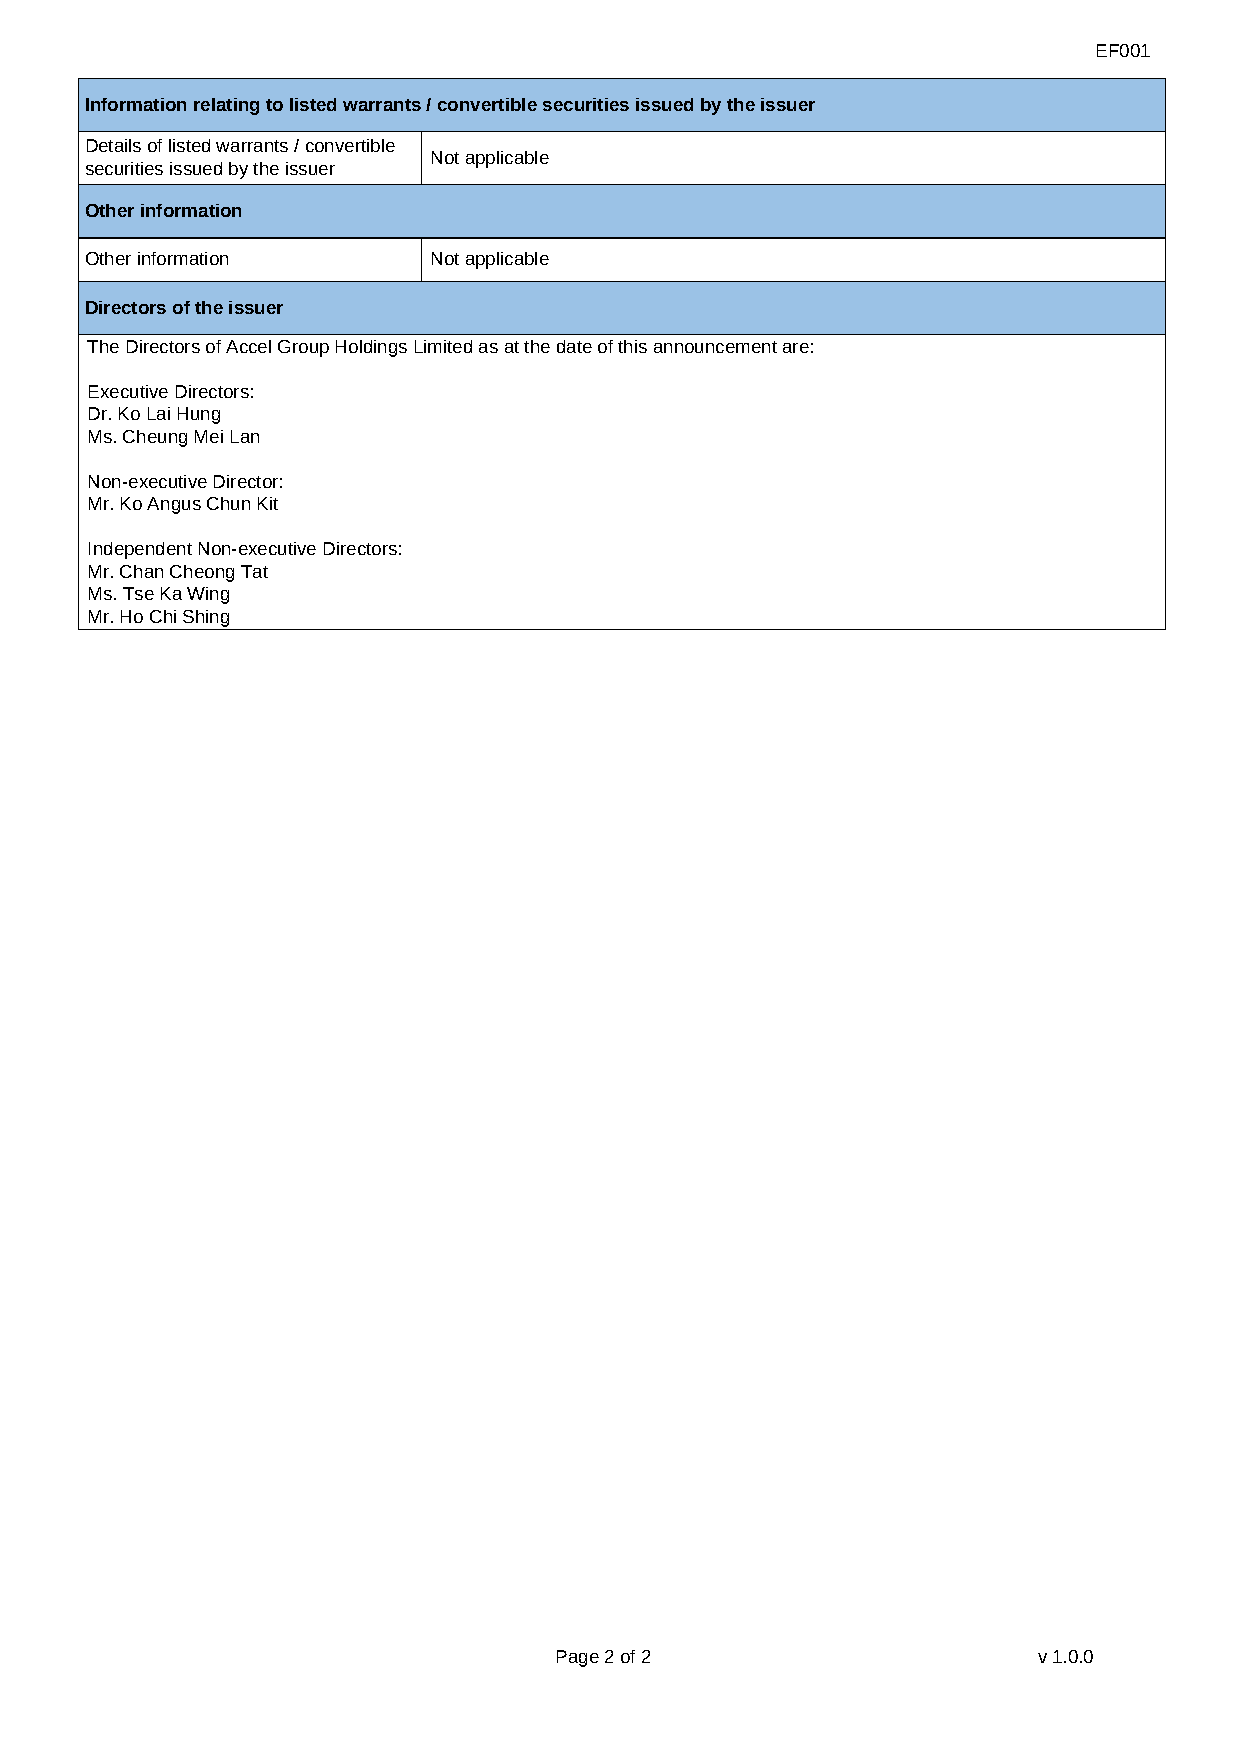
EF001
 Information relating to listed warrants / convertible securities issued by the issuer
 Details of listed warrants / convertible
 Not applicable
 securities issued by the issuer
 Other information
 Other information     Not applicable
 Directors of the issuer
 The Directors of Accel Group Holdings Limited as at the date of this announcement are:
 Executive Directors:
 Dr. Ko Lai Hung
 Ms. Cheung Mei Lan
 Non-executive Director:
 Mr. Ko Angus Chun Kit
 Independent Non-executive Directors:
 Mr. Chan Cheong Tat
 Ms. Tse Ka Wing
 Mr. Ho Chi Shing
 Page 2 of 2                     v1.0.0